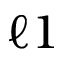
\ell { 1 }